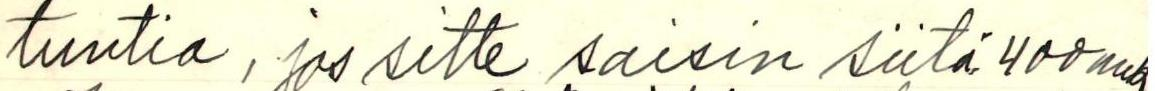
tuntia, jos sitte saisin siitä 400 mk